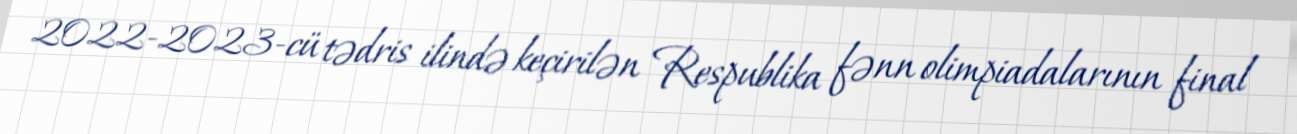
2022-2023-cü tədris ilində keçirilən Respublika fənn olimpiadalarının final